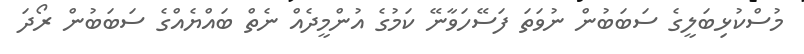
މުސްކުޅިބަލީގެ ސަބަބުން ނުވަތަ ފަސޭހަވާނޭ ކަމުގެ އުންމީދެއް ނެތް ބައްޔެއްގެ ސަބަބުން ރޯދަ